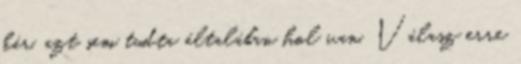
kár, azt sem tudta általában hol van. Válasz erre